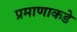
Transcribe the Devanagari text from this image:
प्रमाणाकडे